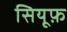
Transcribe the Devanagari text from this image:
सियूफ़